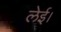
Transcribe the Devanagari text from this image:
लेई।